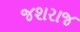
જશરાજ